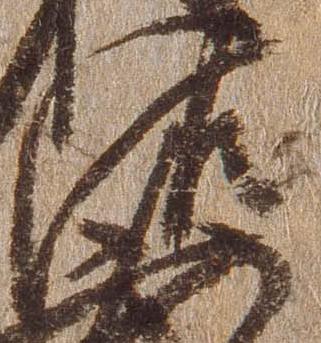
佐